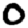
Digit: 0